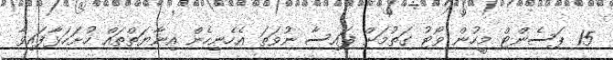
15 ޕަސެންޓް މީހުން ވޯޓު ގަތުމަށް ފައިސާ ނުވަަތަ އެހެނިހެން އިނާޔަތްތައް ހުށަހަޅާފައިވާ